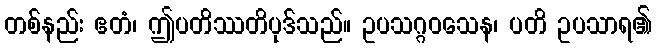
တစ်နည်း ဧတံ၊ ဤပတိဿတိပုဒ်သည်။ ဥပသဂ္ဂဝသေန၊ ပတိ ဥပသာရ၏